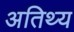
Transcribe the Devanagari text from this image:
अतिथ्य